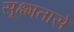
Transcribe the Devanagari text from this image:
सूक्ष्मतासे